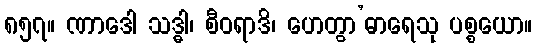
၈၅၇။ ဏာဒေါ သဒ္ဓါ၊ စီဝရာဒိ၊ ဟေတွာ’ဓာရေသု ပစ္စယော။